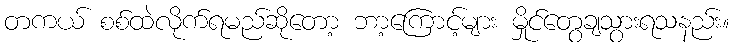
တကယ် စစ်ထဲလိုက်ရမည်ဆိုတော့ ဘာ့ကြောင့်များ မှိုင်တွေချသွားရသနည်း။